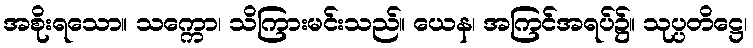
အစိုးရသော။ သက္ကော၊ သိကြားမင်းသည်။ ယေန၊ အကြင်အရပ်၌။ သုပ္ပတိဋ္ဌေ၊